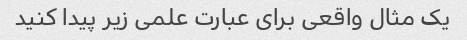
یک مثال واقعی برای عبارت علمی زیر پیدا کنید